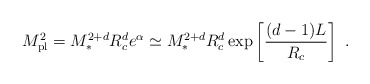
\begin{align*}M_{\rm pl}^2=M_*^{2+d}R_c^d e^{\alpha } \simeq M_*^{2+d} R^d_c \exp\left[\frac{(d-1) L}{R_c} \right] \ .\end{align*}